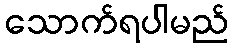
သောက်ရပါမည်